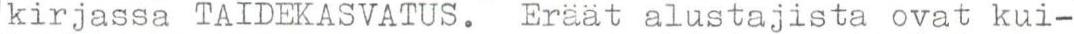
kirjassa TAIDEKASVATUS. Eräät alustajista ovat kui-